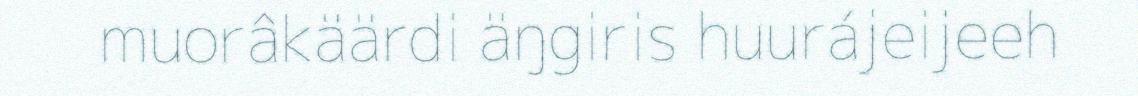
muorâkäärdi äŋgiris huurájeijeeh